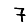
Digit: 7